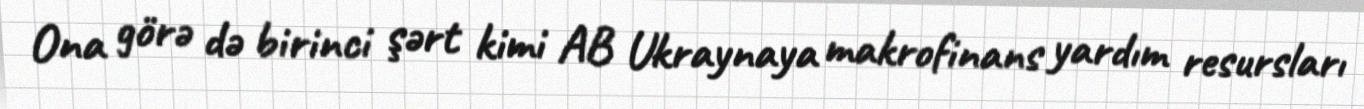
Ona görə də birinci şərt kimi AB Ukraynaya makrofinans yardım resursları